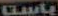
CLAUE'S